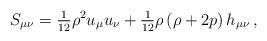
\begin{align*}S_{\mu\nu}={\textstyle{1\over12}}\rho^2u_\mu u_\nu+{\textstyle{1\over12}}\rho\left(\rho+2 p\right)h_{\mu\nu}\,,\end{align*}